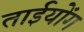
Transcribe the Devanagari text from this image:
ताईयोंग